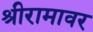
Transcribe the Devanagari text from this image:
श्रीरामावर